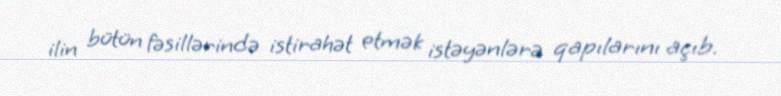
ilin bütün fəsillərində istirahət etmək istəyənlərə qapılarını açıb.